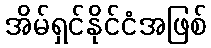
အိမ်ရှင်နိုင်ငံအဖြစ်